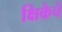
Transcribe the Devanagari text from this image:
क्षिकेचे